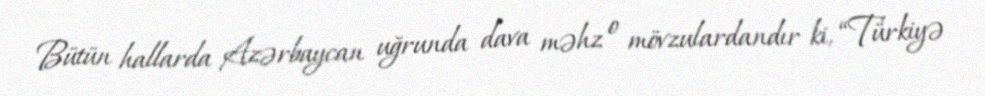
Bütün hallarda Azərbaycan uğrunda dava məhz o mövzulardandır ki, “Türkiyə